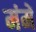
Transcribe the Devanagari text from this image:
मंमें